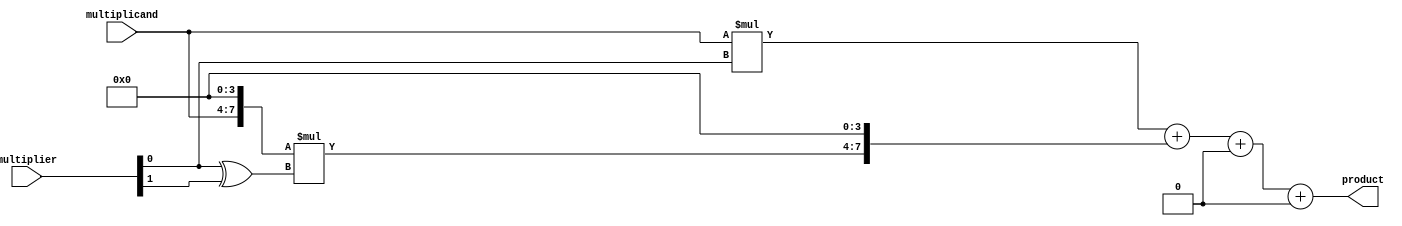
module booth_multiplier (
    input [3:0] multiplicand,
    input [3:0] multiplier,
    output reg [7:0] product
);

reg [7:0] partial_products [3:0];
reg [7:0] final_result;

// partial product generator
always @*
begin
    partial_products[0] = multiplicand * (multiplier[0] & 1);
    partial_products[1] = {multiplicand, 4'd0} * ((multiplier[0] ^ multiplier[1]) & 1);
    partial_products[2] = {multiplicand, 4'd0, 4'd0} * ((multiplier[1] ^ multiplier[2]) & 1);
    partial_products[3] = {4'd0, multiplicand} * (multiplier[2] & 1);
end

// Wallace tree adder
always @*
begin
    final_result = partial_products[0] + (partial_products[1] << 4) + (partial_products[2] << 8) + (partial_products[3] << 12);
end

// output register
always @*
begin
    product = final_result;
end

endmodule